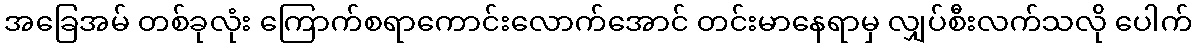
အခြေအမ် တစ်ခုလုံး ကြောက်စရာကောင်းလောက်အောင် တင်းမာနေရာမှ လျှပ်စီးလက်သလို ပေါက်